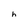
Character: h